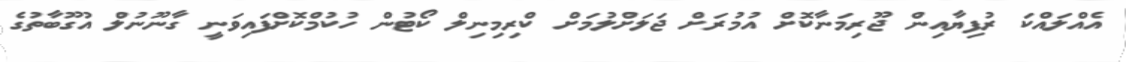
އެއްލައްކަ ރުފިޔާއިން ޖޫރިމަނާކޮށް އުމުރަށް ޖަލަށްލުމަށް ކްރިމިނިލް ކޯޓުން ހުކުމްކޮށްފައިވަނީ ގާނޫނުލް އުގޫބާތުގެ